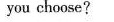
you choose ?